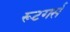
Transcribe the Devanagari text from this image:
रूटगर्स